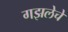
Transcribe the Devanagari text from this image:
गझलेचे